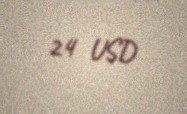
24 USD